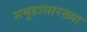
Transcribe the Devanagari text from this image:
समूहासारख्या